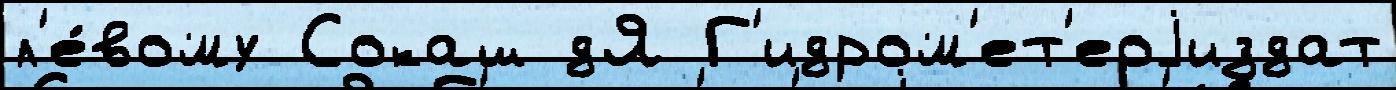
л'е́вому Сокаш дЯ Г'идром'ет'еоjиздат